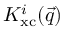
K _ { \mathrm { x c } } ^ { i } ( \vec { q } )